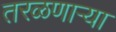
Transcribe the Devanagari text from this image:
तरळणाऱ्या